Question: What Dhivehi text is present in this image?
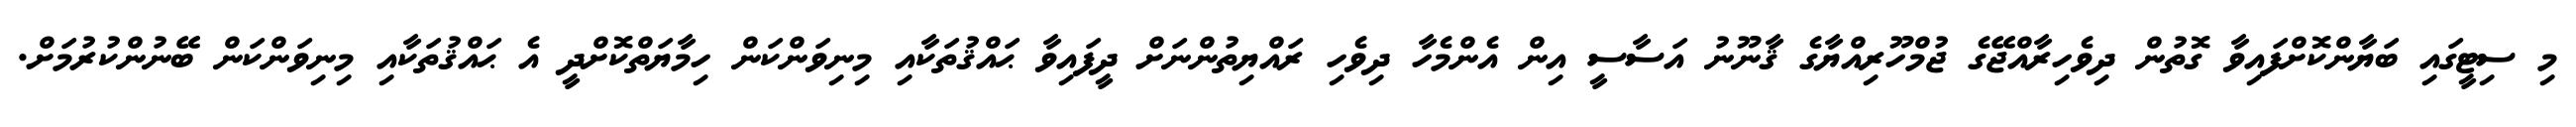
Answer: މި ސިޓީގައި ބަޔާންކޮށްފައިވާ ގޮތުން ދިވެހިރާއްޖޭގެ ޖުމްހޫރިއްޔާގެ ޤާނޫނު އަސާސީ އިން އެންމެހާ ދިވެހި ރައްޔިތުންނަށް ދީފައިވާ ޙައްޤުތަކާއި މިނިވަންކަން ހިމާޔަތްކޮށްދީ އެ ޙައްޤުތަކާއި މިނިވަންކަން ބޭނުންކުރުމަށް.